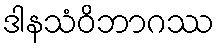
ဒါနသံဝိဘာဂဿ